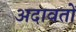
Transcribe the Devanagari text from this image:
अदावतों